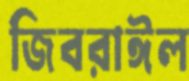
জিবরাঈল